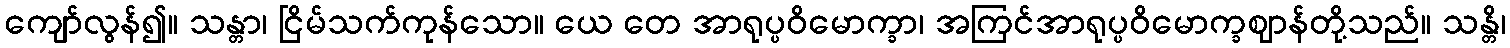
ကျော်လွန်၍။ သန္တာ၊ ငြိမ်သက်ကုန်သော။ ယေ တေ အာရုပ္ပဝိမောက္ခာ၊ အကြင်အာရုပ္ပဝိမောက္ခဈာန်တို့သည်။ သန္တိ၊